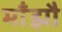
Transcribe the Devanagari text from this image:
माँझौ